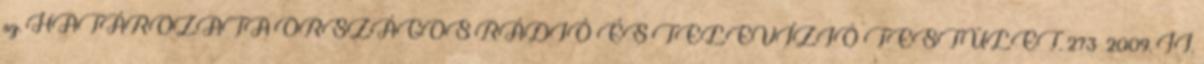
sz. HATÁROZATA ORSZÁGOS RÁDIÓ ÉS TELEVÍZIÓ TESTÜLET. 273 2009. II.